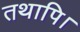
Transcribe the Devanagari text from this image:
तथापि।